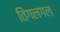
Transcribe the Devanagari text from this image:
तिंगलगल